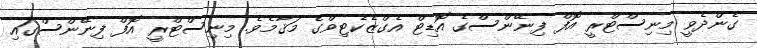
ގެންދެވީ މިނިސްޓްރީ އޮފް ފިނޭންސްގެ އޮޑިޓް އެގްޒެކެޓިވްގެ މަޤާމެވެ. މިނިސްޓްރީ އޮފް ފިނޭންސްގައި